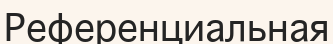
Референциальная